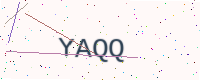
Text: YAQQ